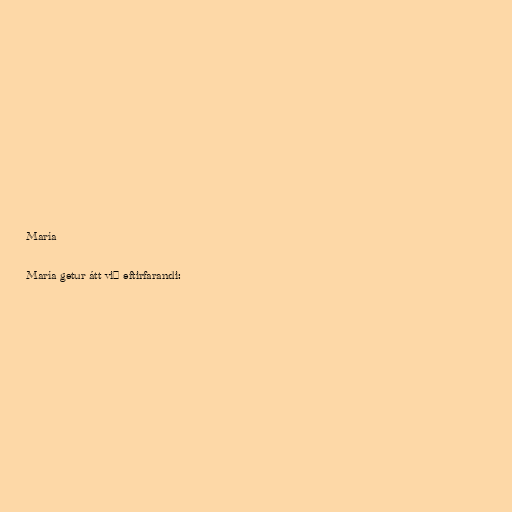
María

María getur átt við eftirfarandi: